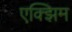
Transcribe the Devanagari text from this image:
एक्झिम